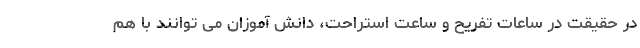
در حقیقت در ساعات تفریح و ساعت استراحت، دانش آموزان می توانند با هم